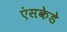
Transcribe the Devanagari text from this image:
एंसकेडे